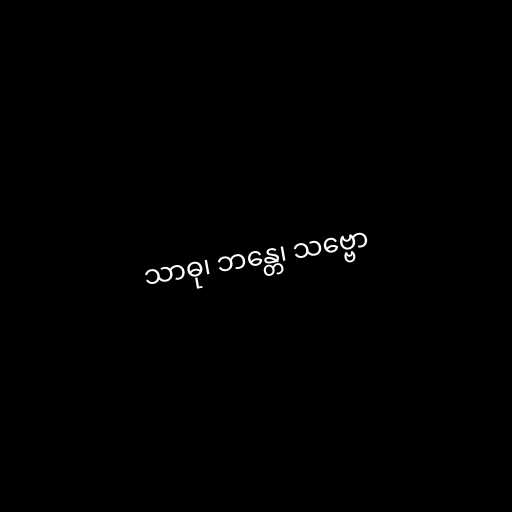
သာဓု၊ ဘန္တေ၊ သဗ္ဗော